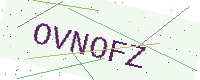
Text: OVNOFZ